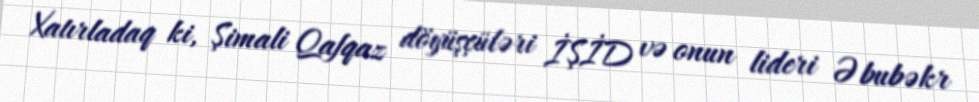
Xatırladaq ki, Şimali Qafqaz döyüşçüləri İŞİD və onun lideri Əbubəkr